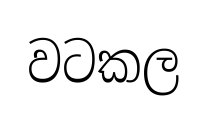
වටකල